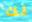
لك